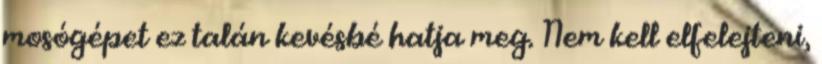
mosógépet ez talán kevésbé hatja meg. Nem kell elfelejteni,